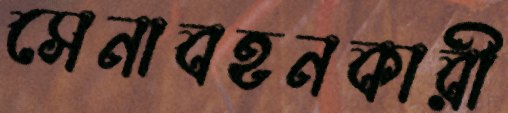
সেনাবহনকারী